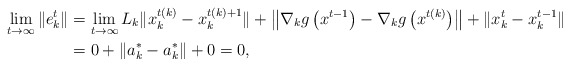
\begin{align*}\lim_{t\to\infty}\|e^t_k\|&=\lim_{t\to\infty}L_k\|x^{t(k)}_k-x^{t(k)+1}_k\|+\left\|\nabla_kg\left(x^{t-1}\right)-\nabla_kg\left(x^{t(k)}\right)\right\|+\|x^{t}_k-x_k^{t-1}\|\\&=0+\|a_k^*-a_k^*\|+0=0,\end{align*}